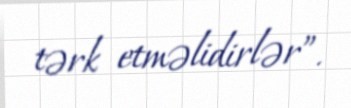
tərk etməlidirlər”.